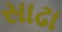
સાઢા